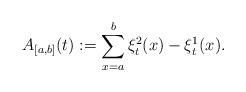
\begin{align*}A_{[a,b]}(t):=\sum_{x=a}^{b}\xi^2_t(x)-\xi^{1}_t(x).\end{align*}